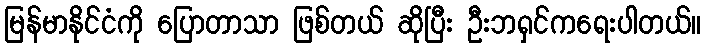
မြန်မာနိုင်ငံကို ပြောတာသာ ဖြစ်တယ် ဆိုပြီး ဦးဘရှင်ကရေးပါတယ်။